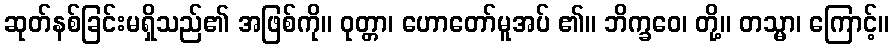
ဆုတ်နစ်ခြင်းမရှိသည်၏ အဖြစ်ကို။ ဝုတ္တာ၊ ဟောတော်မူအပ် ၏။ ဘိက္ခဝေ၊ တို့။ တသ္မာ၊ ကြောင့်။